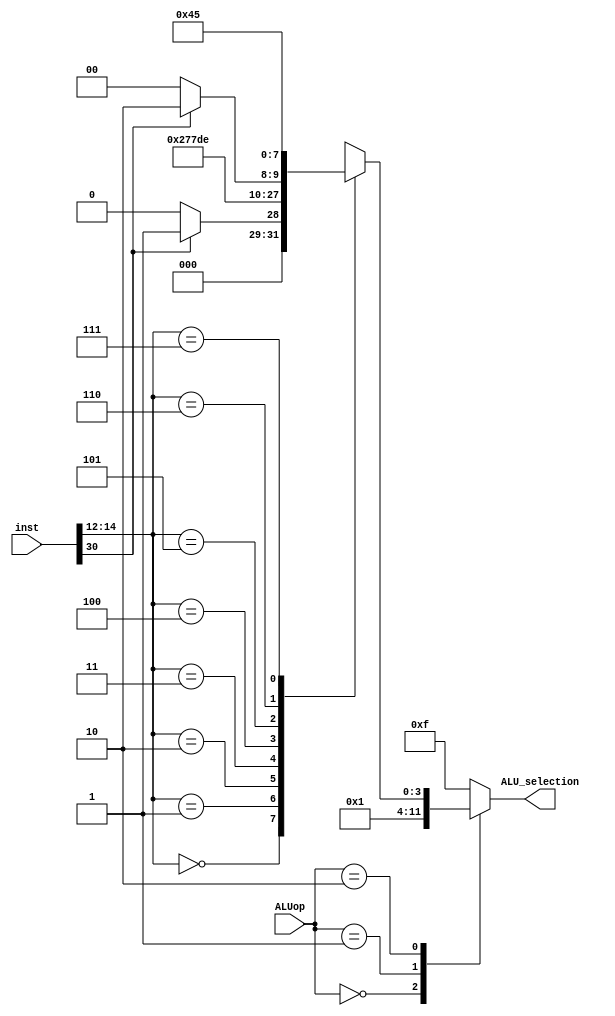
// This program was cloned from: https://github.com/Helazhary/Riscv-Verilog-Pipelined
// License: BSD 3-Clause "New" or "Revised" License

`timescale 1ns / 1ps
//////////////////////////////////////////////////////////////////////////////////
// Company: 
`define     F3_ADD          3'b000
`define     F3_SLL          3'b001
`define     F3_SLT          3'b010
`define     F3_SLTU         3'b011
`define     F3_XOR          3'b100
`define     F3_SRL          3'b101
`define     F3_OR           3'b110
`define     F3_AND          3'b111

`define     ALU_ADD         4'b00_00
`define     ALU_SUB         4'b00_01
`define     ALU_PASS        4'b00_11
`define     ALU_OR          4'b01_00
`define     ALU_AND         4'b01_01
`define     ALU_XOR         4'b01_11
`define     ALU_SRL         4'b10_00
`define     ALU_SRA         4'b10_10
`define     ALU_SLL         4'b10_01
`define     ALU_SLT         4'b11_01
`define     ALU_SLTU        4'b11_11

module ALU_CU(input[1:0]ALUop,input[31:0]inst, output reg[3:0]ALU_selection );
    

    always @(*)begin
    case(ALUop)
        2'b00:ALU_selection = `ALU_ADD;  //add
        2'b01:ALU_selection = `ALU_SUB;  //sub
        2'b10:begin                         //R-format
            case(inst[14:12])
                `F3_ADD:ALU_selection=(inst[30]==1)? `ALU_SUB:`ALU_ADD ;    //sub or add
                
                `F3_SLL:ALU_selection= `ALU_SLL ;         
                `F3_SLT:ALU_selection=    `ALU_SLT;     
                `F3_SLTU :ALU_selection= `ALU_SLTU;      
                `F3_XOR :ALU_selection=    `ALU_XOR;    
                `F3_SRL :ALU_selection=  (inst[30]==1)? `ALU_SRA:`ALU_SRL ;  
                `F3_OR   :ALU_selection=   `ALU_OR;    
                `F3_AND  :ALU_selection=   `ALU_AND;                    
                default: ALU_selection = 4'b1111;   //That wil; not happen
            endcase 
        end
        
        default: ALU_selection = 4'b1111;   //That wil; not happen
    endcase
    end

endmodule